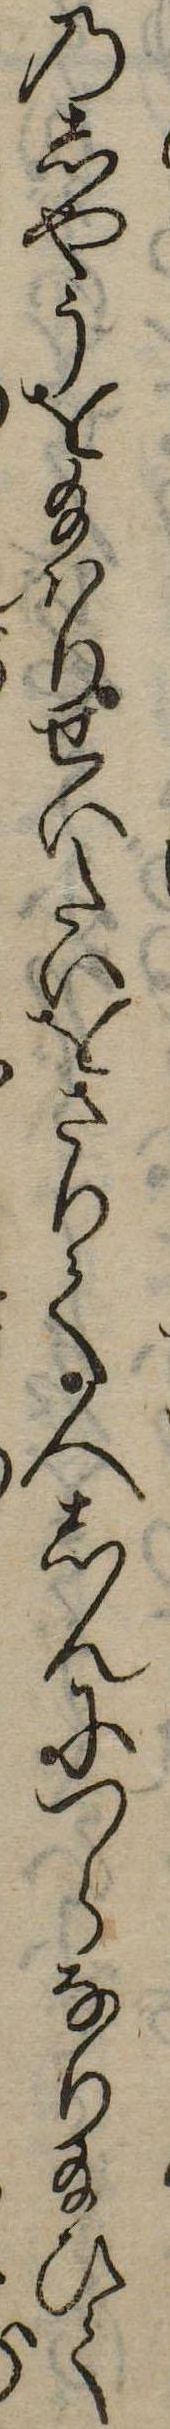
のしやうを給はりせいたいをさりて人しんにつらなり給ひて